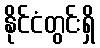
နိုင်ငံတွင်းရှိ